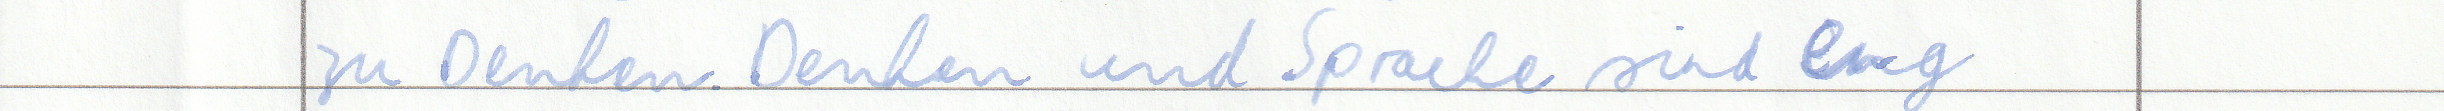
zu Denken. Denken und Sprache sind eng